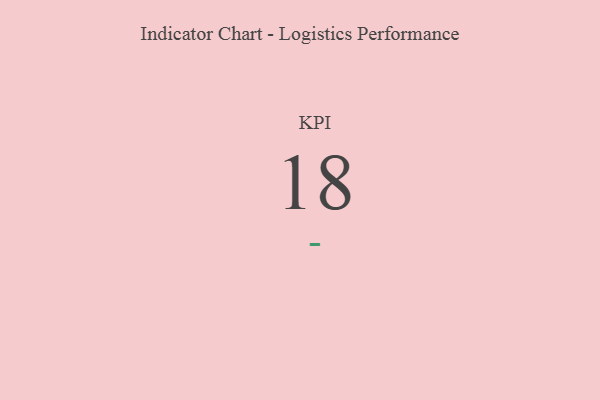
{"axis": {"x": "KPI", "y": "Value"}, "legend": [""], "data": [{"x": "KPI", "y": 18, "type": ""}]}